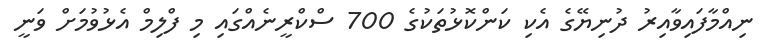
ނިއްމާފައިވާއިރު ދުނިޔޭގެ އެކި ކަންކޮޅުތަކުގެ 700 ސްކްރީނެއްގައި މި ފްލިމް އެޅުވުމަށް ވަނީ